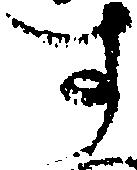
す